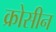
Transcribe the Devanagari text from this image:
क्रोसीन